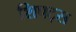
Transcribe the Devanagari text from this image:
शिफ्ट्स